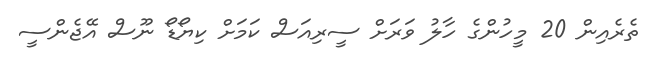
ތެރެއިން 20 މީހުންގެ ހާލު ވަރަށް ސީރިއަސް ކަމަށް ކިޔޯޑޯ ނޫސް އޭޖެންސީ